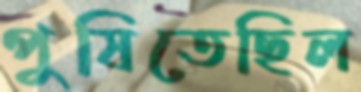
পুষিতেছিল